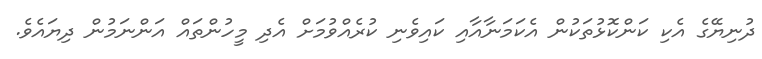
ދުނިޔޭގެ އެކި ކަންކޮޅުތަކުން އެކަމަނާއާއި ކައިވެނި ކުރެއްވުމަށް އެދި މީހުންތައް އަންނަމުން ދިޔައެވެ.